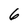
Character: 6